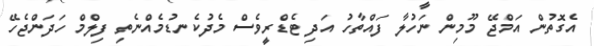
އެގޮތުން އަމްޖޭ މޫމިން ނަހުލާ ފައްތާހު އަދި ޓެޑްރީވެސް މެދުކެނޑުމެއްނެތި ފިލްމް ހަދަންޖެހޭ